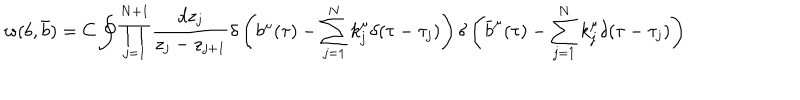
LaTeX: w ( b , \bar { b } ) = C \oint \prod _ { j = 1 } ^ { N + 1 } { \frac { d z _ { j } } { z _ { j } - z _ { j + 1 } } } \delta \left( b ^ { \mu } ( \tau ) - \sum _ { j = 1 } ^ { N } k _ { j } ^ { \mu } \delta ( \tau - \tau _ { j } ) \right) \delta \left( \bar { b } ^ { \mu } ( \tau ) - \sum _ { j = 1 } ^ { N } k _ { j } ^ { \mu } \delta ( \tau - \tau _ { j } ) \right)